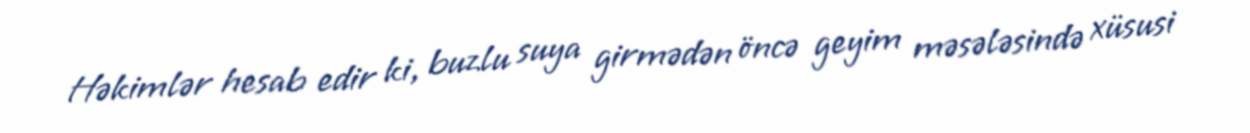
Həkimlər hesab edir ki, buzlu suya girmədən öncə geyim məsələsində xüsusi